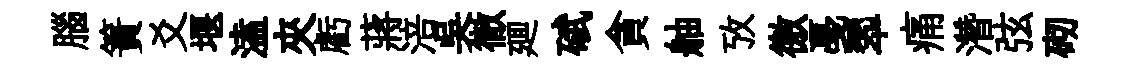
腦簀爻堰溘夾虧蔣涪吴徹廽碔貪舳攷徼戞翆痛濳弦砌